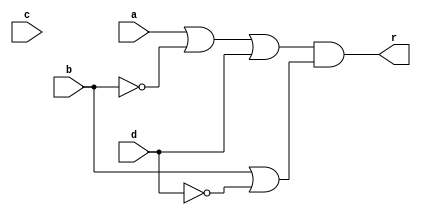
module Sum(
    input a,b,c,d,
    output r
    );
    assign r = ( a | (~b) | d) & ( b | (~d) );
endmodule
module one_bit_adder(
    input b1,b2,b3,c_in,
    output r,c_out
    );
    Sum Sum0(b1,b2,b3,c_in,r);
    Sum Sum1(c_in,b1,b2,b3,c_out);
endmodule
module three_number_add(
    input wire [7:0] A,B,C,
    output wire [7:0] r, output wire c_out
);
    wire [7:0] c;
    wire d;
    assign d = 1'b0;
    one_bit_adder add0(A[0],B[0],C[0],d,r[0],c[0]);
    one_bit_adder add1(A[1],B[1],C[1],c[0],r[1],c[1]);
    one_bit_adder add2(A[2],B[2],C[2],c[1],r[2],c[2]);
    one_bit_adder add3(A[3],B[3],C[3],c[2],r[3],c[3]);
    one_bit_adder add4(A[4],B[4],C[4],c[3],r[4],c[4]);
    one_bit_adder add5(A[5],B[5],C[5],c[4],r[5],c[5]);
    one_bit_adder add6(A[6],B[6],C[6],c[5],r[6],c[6]);
    one_bit_adder add7(A[7],B[7],C[7],c[6],r[7],c[7]);
    assign c_out = c[7];
endmodule